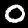
Label: 0